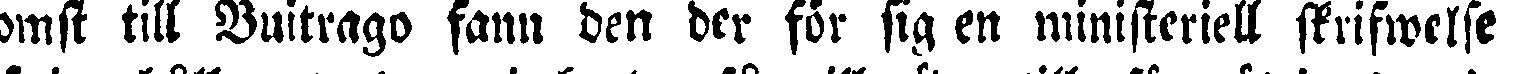
komst till Vuitrago fann den der för sig en ministeriell skrifwelse